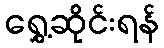
ရွှေ့ဆိုင်းရန်